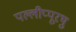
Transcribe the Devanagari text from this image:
पल्लीप्पूरथु